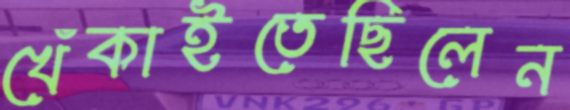
খেঁকাইতেছিলেন